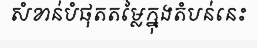
សំខាន់បំផុតតម្លៃក្នុងតំបន់នេះ